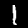
Label: 1